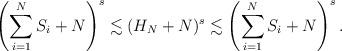
LaTeX: \begin{align*}\left(\sum_{i=1}^NS_i+N\right)^s\lesssim (H_N+N)^s\lesssim\left(\sum_{i=1}^NS_i+N\right)^s.\end{align*}